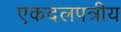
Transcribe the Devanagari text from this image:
एकदलपत्रीय